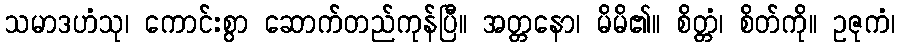
သမာဒဟံသု၊ ကောင်းစွာ ဆောက်တည်ကုန်ပြီ။ အတ္တနော၊ မိမိ၏။ စိတ္တံ၊ စိတ်ကို။ ဥဇုကံ၊